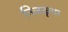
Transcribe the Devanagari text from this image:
निजकृपा